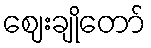
ဈေးချိုတော်